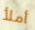
أملأ